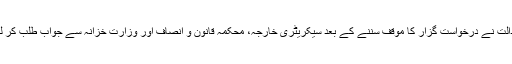
عدالت نے درخواست گزار کا موقف سننے کے بعد سیکریٹری خارجہ، محکمہ قانون و انصاف اور وزارت خزانہ سے جواب طلب کر لیا۔